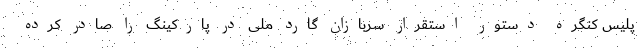
پلیس کنگره دستور استقرار سربازان گارد ملی در پارکینگ را صادر کرده